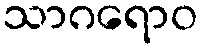
သာဂရောဝ